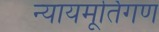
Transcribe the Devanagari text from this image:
न्यायमूर्तिगण